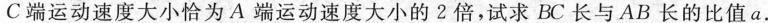
C端运动速度大小恰为A端运动速度大小的2倍，试求BC长与AB长的比值a。